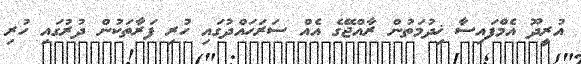
އުރީދޫ އެމްފައިސާ ޚިދުމަތުން ރާއްޖޭގެ އެއް ސަރަހައްދުގައި ހުރި ފަރާތަކުން ދުރުގައި ހުރި